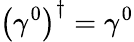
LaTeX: \left(\gamma^{0}\right)^{\dagger}=\gamma^{0}